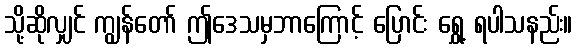
သို့ဆိုလျှင် ကျွန်တော် ဤဒေသမှဘာကြောင့် ပြောင်း ရွှေ့ ရပါသနည်း။